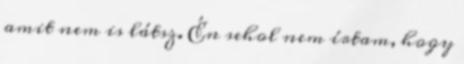
amit nem is látsz. Én sehol nem írtam, hogy